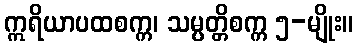
ဣရိယာပထစက္က၊ သမ္ပတ္တိစက္က ၅-မျိုး။